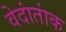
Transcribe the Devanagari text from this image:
वेदांतांक